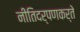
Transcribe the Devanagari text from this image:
नीतिदर्पणकर्ते